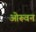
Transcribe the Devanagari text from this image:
ओरूवन